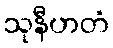
သုနီဟတံ